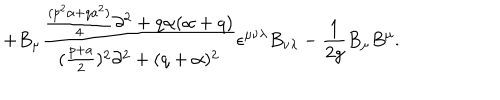
+ B _ { \mu } { \frac { { \frac { ( p ^ { 2 } \alpha + q a ^ { 2 } ) } { 4 } } \partial ^ { 2 } + q \alpha ( \alpha + q ) } { ( { \frac { p + a } { 2 } } ) ^ { 2 } \partial ^ { 2 } + ( q + \alpha ) ^ { 2 } } } \epsilon ^ { \mu \nu \lambda } B _ { \nu \lambda } - { \frac { 1 } { 2 g } } B _ { \mu } B ^ { \mu } .